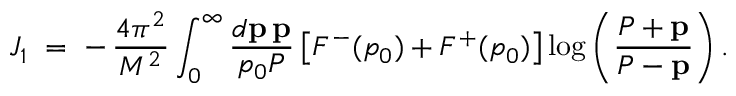
J _ { 1 } \; = \; - \, { \displaystyle { \frac { 4 \pi ^ { 2 } } { M ^ { 2 } } } } \int _ { 0 } ^ { \infty } { \displaystyle { \frac { d { \bf p } \, { \bf p } } { p _ { 0 } { \cal P } } } } \left[ F ^ { - } ( p _ { 0 } ) + F ^ { + } ( p _ { 0 } ) \right] \log \left( { \displaystyle { \frac { { \cal P } + { \bf p } } { { \cal P } - { \bf p } } } } \right) .